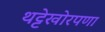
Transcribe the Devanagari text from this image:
थट्टेखोरपणा